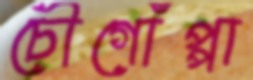
চৌগোঁপ্পা